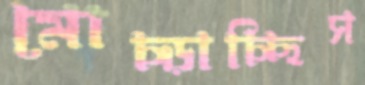
মোচ্‌ড়াচ্ছিস